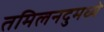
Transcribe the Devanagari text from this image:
तमिलनदुमध्ये